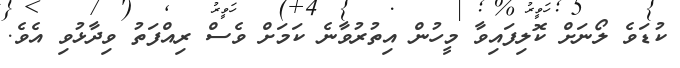
ކުޑަވެ ލޯނަށް ކޮލިފައިވާ މީހުން އިތުރުވާނެ ކަމަށް ވެސް ރިއްފަތު ވިދާޅުވި އެވެ.